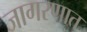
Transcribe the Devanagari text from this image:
जागरणात